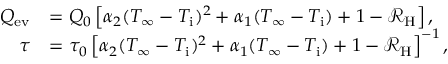
\begin{array} { r l } { Q _ { \mathrm { e v } } } & { = Q _ { 0 } \left[ \alpha _ { 2 } ( T _ { \infty } - T _ { \mathrm { i } } ) ^ { 2 } + \alpha _ { 1 } ( T _ { \infty } - T _ { \mathrm { i } } ) + 1 - \mathcal { R } _ { \mathrm { H } } \right] , } \\ { \tau } & { = \tau _ { 0 } \left[ \alpha _ { 2 } ( T _ { \infty } - T _ { \mathrm { i } } ) ^ { 2 } + \alpha _ { 1 } ( T _ { \infty } - T _ { \mathrm { i } } ) + 1 - \mathcal { R } _ { \mathrm { H } } \right] ^ { - 1 } , } \end{array}